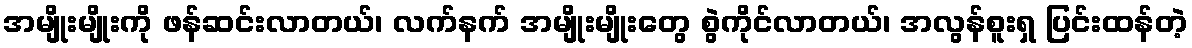
အမျိုးမျိုးကို ဖန်ဆင်းလာတယ်၊ လက်နက် အမျိုးမျိုးတွေ စွဲကိုင်လာတယ်၊ အလွန်စူးရှ ပြင်းထန်တဲ့